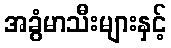
အခွံမာသီးများနှင့်